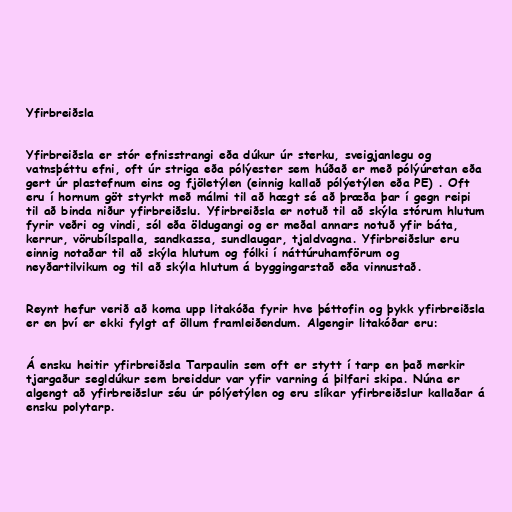
Yfirbreiðsla

Yfirbreiðsla er stór efnisstrangi eða dúkur úr sterku, sveigjanlegu og
vatnsþéttu efni, oft úr striga eða pólýester sem húðað er með pólýúretan eða
gert úr plastefnum eins og fjöletýlen (einnig kallað pólýetýlen eða PE) . Oft
eru í hornum göt styrkt með málmi til að hægt sé að þræða þar í gegn reipi
til að binda niður yfirbreiðslu. Yfirbreiðsla er notuð til að skýla stórum hlutum
fyrir veðri og vindi, sól eða öldugangi og er meðal annars notuð yfir báta,
kerrur, vörubílspalla, sandkassa, sundlaugar, tjaldvagna. Yfirbreiðslur eru
einnig notaðar til að skýla hlutum og fólki í náttúruhamförum og
neyðartilvikum og til að skýla hlutum á byggingarstað eða vinnustað.

Reynt hefur verið að koma upp litakóða fyrir hve þéttofin og þykk yfirbreiðsla
er en því er ekki fylgt af öllum framleiðendum. Algengir litakóðar eru:

Á ensku heitir yfirbreiðsla Tarpaulin sem oft er stytt í tarp en það merkir
tjargaður segldúkur sem breiddur var yfir varning á þilfari skipa. Núna er
algengt að yfirbreiðslur séu úr pólýetýlen og eru slíkar yfirbreiðslur kallaðar á
ensku polytarp.